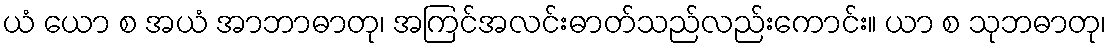
ယံ ယော စ အယံ အာဘာဓာတု၊ အကြင်အလင်းဓာတ်သည်လည်းကောင်း။ ယာ စ သုဘဓာတု၊